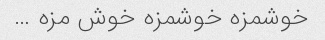
خوشمزه خوشمزه خوش مزه …